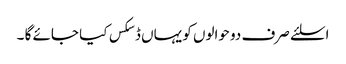
اسلئے صرف دو حوالوں کو یہاں ڈسکس کیا جائے گا ۔